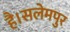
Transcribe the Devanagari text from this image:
है।सलेमपुर